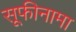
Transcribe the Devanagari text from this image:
सूफीनामा